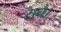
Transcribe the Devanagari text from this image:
सनै।